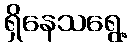
ရှိနေသရွေ့